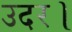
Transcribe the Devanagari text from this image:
उदर।